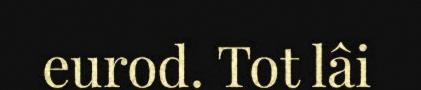
eurod. Tot lâi